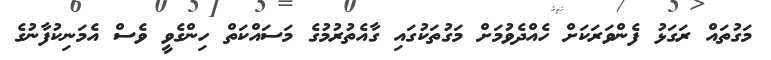
މަގުތައް ރަގަޅު ފެންވަރަކަށް ހެއްދެވުމަށް މަގުތަކުގައި ގާއެތުރުމުގެ މަސައްކަތް ހިންގެވީ ވެސް އެމަނިކުފާނުގެ